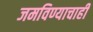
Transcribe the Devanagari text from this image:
जमविण्याचाही